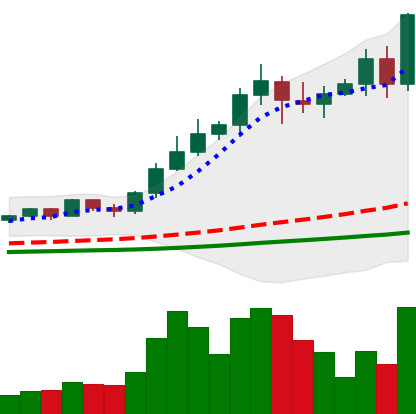
Ticker: NEO-USD
Chart end date: 2021-02-21
Forward return: -31.068%
Label: down_7plus